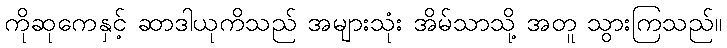
ကိုဆုကေနှင့် ဆာဒါယုကိသည် အများသုံး အိမ်သာသို့ အတူ သွားကြသည်။